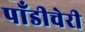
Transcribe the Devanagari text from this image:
पाँडीचेरी